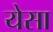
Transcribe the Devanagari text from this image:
येसा